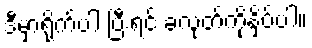
ဒီမှာရိုက်ပါ ပြီးရင် ခလုတ်ကိုနှိပ်ပါ။